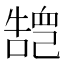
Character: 𢁏